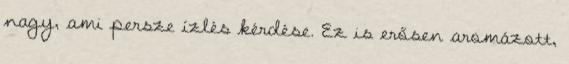
nagy, ami persze ízlés kérdése. Ez is erősen aromázott,